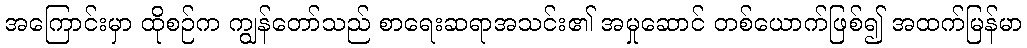
အကြောင်းမှာ ထိုစဉ်က ကျွန်တော်သည် စာရေးဆရာအသင်း၏ အမှုဆောင် တစ်ယောက်ဖြစ်၍ အထက်မြန်မာ